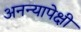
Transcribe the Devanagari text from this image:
अनन्यापेक्षी